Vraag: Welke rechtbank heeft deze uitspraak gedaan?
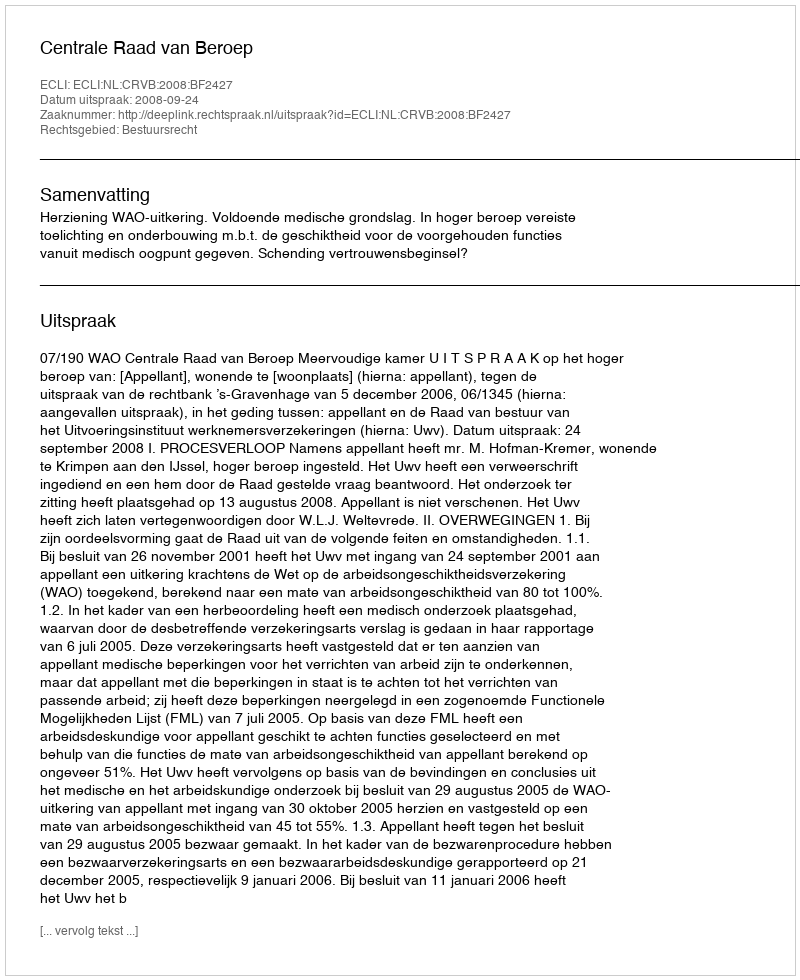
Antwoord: Centrale Raad van Beroep